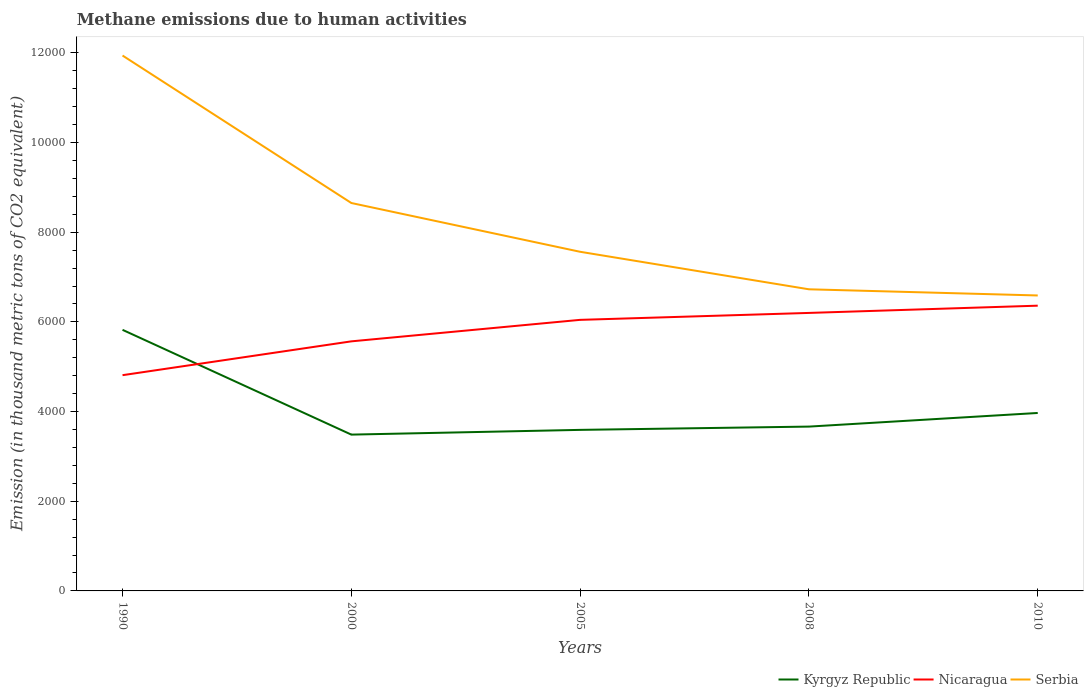
| Years | Kyrgyz Republic | Nicaragua | Serbia |
 | --- | --- | --- | --- |
 | 1990 | 5.82e+03 | 4.81e+03 | 1.19e+04 |
 | 2000 | 3.49e+03 | 5.57e+03 | 8.65e+03 |
 | 2005 | 3.59e+03 | 6.04e+03 | 7.56e+03 |
 | 2008 | 3.66e+03 | 6.2e+03 | 6.73e+03 |
 | 2010 | 3.97e+03 | 6.36e+03 | 6.59e+03 |